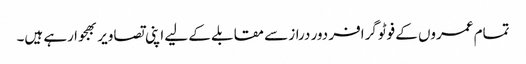
تمام عمروں کے فوٹوگرافر دور دراز سے مقابلے کے لیے اپنی تصاویر بھجوا رہے ہیں۔